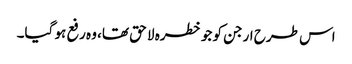
اس طرح ارجن کو جو خطرہ لا حق تھا، وہ رفع ہو گیا۔